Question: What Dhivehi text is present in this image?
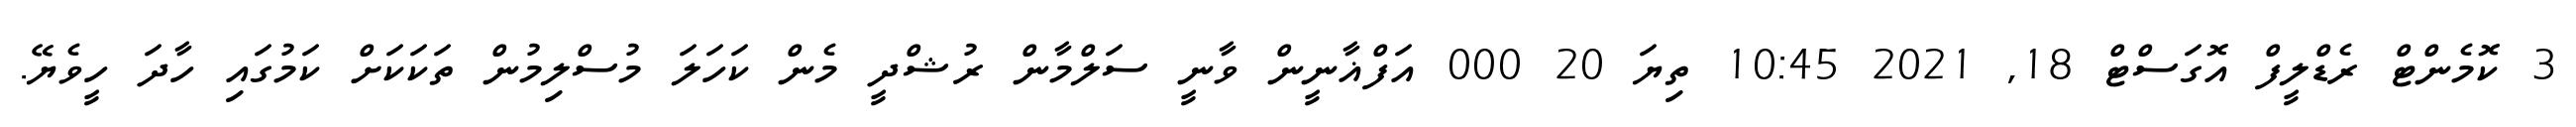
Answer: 3 ކޮމެންޓް ރެޑްލީފް އޮގަސްޓް 18, 2021 10:45 ތިޔަ 20 000 އަފްޣާނީން ވާނީ ސަލްމާން ރުޝްދީ މެން ކަހަލަ މުސްލިމުން ތަކަކަށް ކަމުގައި ހާދަ ހީވެޔޭ.